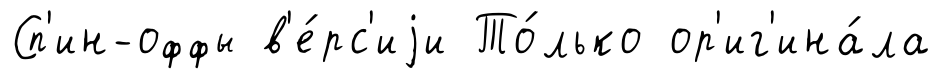
Сп'ин-оффы в'е́рс'иjи То́лько ор'иг'ина́ла